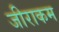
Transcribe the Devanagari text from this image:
जीराकम